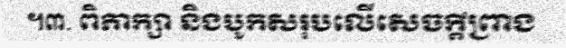
។៣. ពិភាក្សា និងបូកសរុបលើសេចក្តីព្រាង